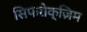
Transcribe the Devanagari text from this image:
सिफरोक्ज़िम